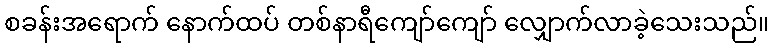
စခန်းအရောက် နောက်ထပ် တစ်နာရီကျော်ကျော် လျှောက်လာခဲ့သေးသည်။